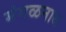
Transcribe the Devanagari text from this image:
मंगळनाथ